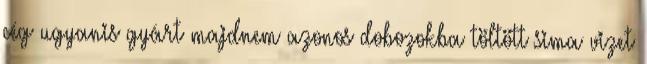
cég ugyanis gyárt majdnem azonos dobozokba töltött sima vizet